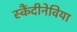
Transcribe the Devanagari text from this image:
स्कैंदीनेविया